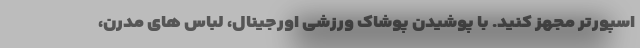
اسپورتر مجهز کنید. با پوشیدن پوشاک ورزشی اورجینال، لباس های مدرن،